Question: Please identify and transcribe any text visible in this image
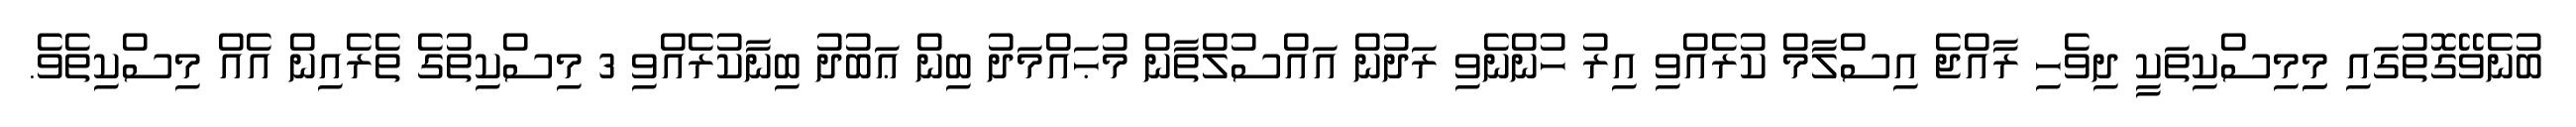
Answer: ބުނެވޭގޮތުގައި މިިމިސްކިތަކީ ދިވެހި ރާއްޖެ އިސްލާމް ކުރެއްވި އިރު ހުންނެވި ރަދުން އައްސުލްތާން މުޙައްމަދު ބިން ޢަބުދު ބިނާކުރެއްވި 3 މިސްކިތުގެ ތެރެއިން އެއް މިސްކިތެވެ.